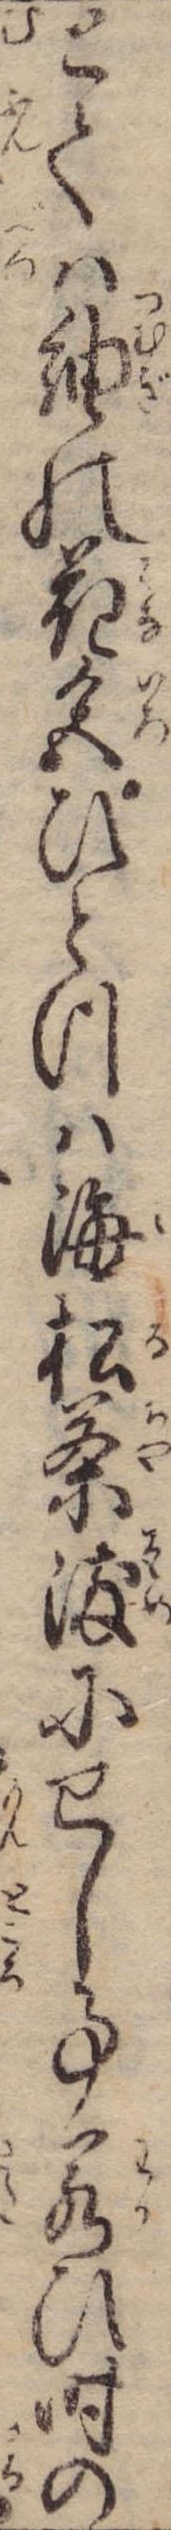
とては紬の花色ひとつは海松茶染にせし事若ひ時の